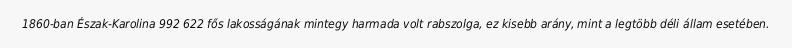
1860-ban Észak-Karolina 992 622 fős lakosságának mintegy harmada volt rabszolga, ez kisebb arány, mint a legtöbb déli állam esetében.